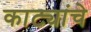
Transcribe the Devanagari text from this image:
काट्यांचे